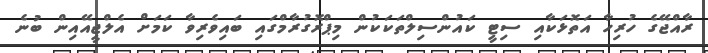
ރާއްޖޭގެ ހުރިހާ އަތޮޅަކާއި ސިޓީ ކައުންސިލްތަކަކުން މިޕްރޮގުރާމްގައި ބައިވެރިވާ ކަމަށް އެލްޖީއޭއިން ބުނެ